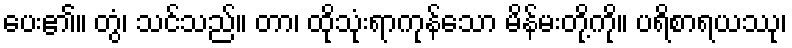
ပေး၏။ တွံ၊ သင်သည်။ တာ၊ ထိုသုံးရာကုန်သော မိန်မးတို့ကို။ ပရိစာရယဿု၊